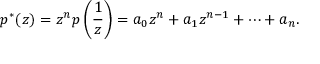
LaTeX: p ^ { * } ( z ) = z ^ { n } p \left( { \frac { 1 } { z } } \right) = a _ { 0 } z ^ { n } + a _ { 1 } z ^ { n - 1 } + \cdots + a _ { n } .